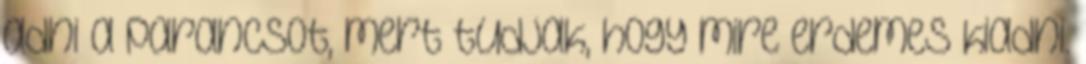
adni a parancsot, mert tudjak, hogy mire erdemes kiadni.